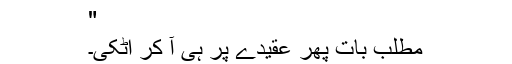
"
مطلب بات پھر عقیدے پر ہی آ کر اٹکی۔